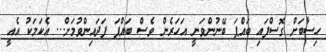
ހިސާބަށް ގޮސްފައި ބައްޕަ ބޭނުންވަނީ އަހަރެން ވެސް ބައްޕަ ފަދައިންވުމަށް... އެކަމަކު އެއީ